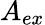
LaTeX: A_{ex}